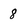
Character: 8